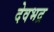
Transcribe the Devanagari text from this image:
देवभद्र